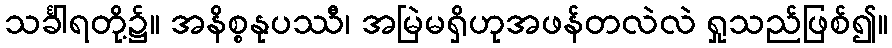
သင်္ခါရတို့၌။ အနိစ္စနုပဿီ၊ အမြဲမရှိဟုအဖန်တလဲလဲ ရှုသည်ဖြစ်၍။